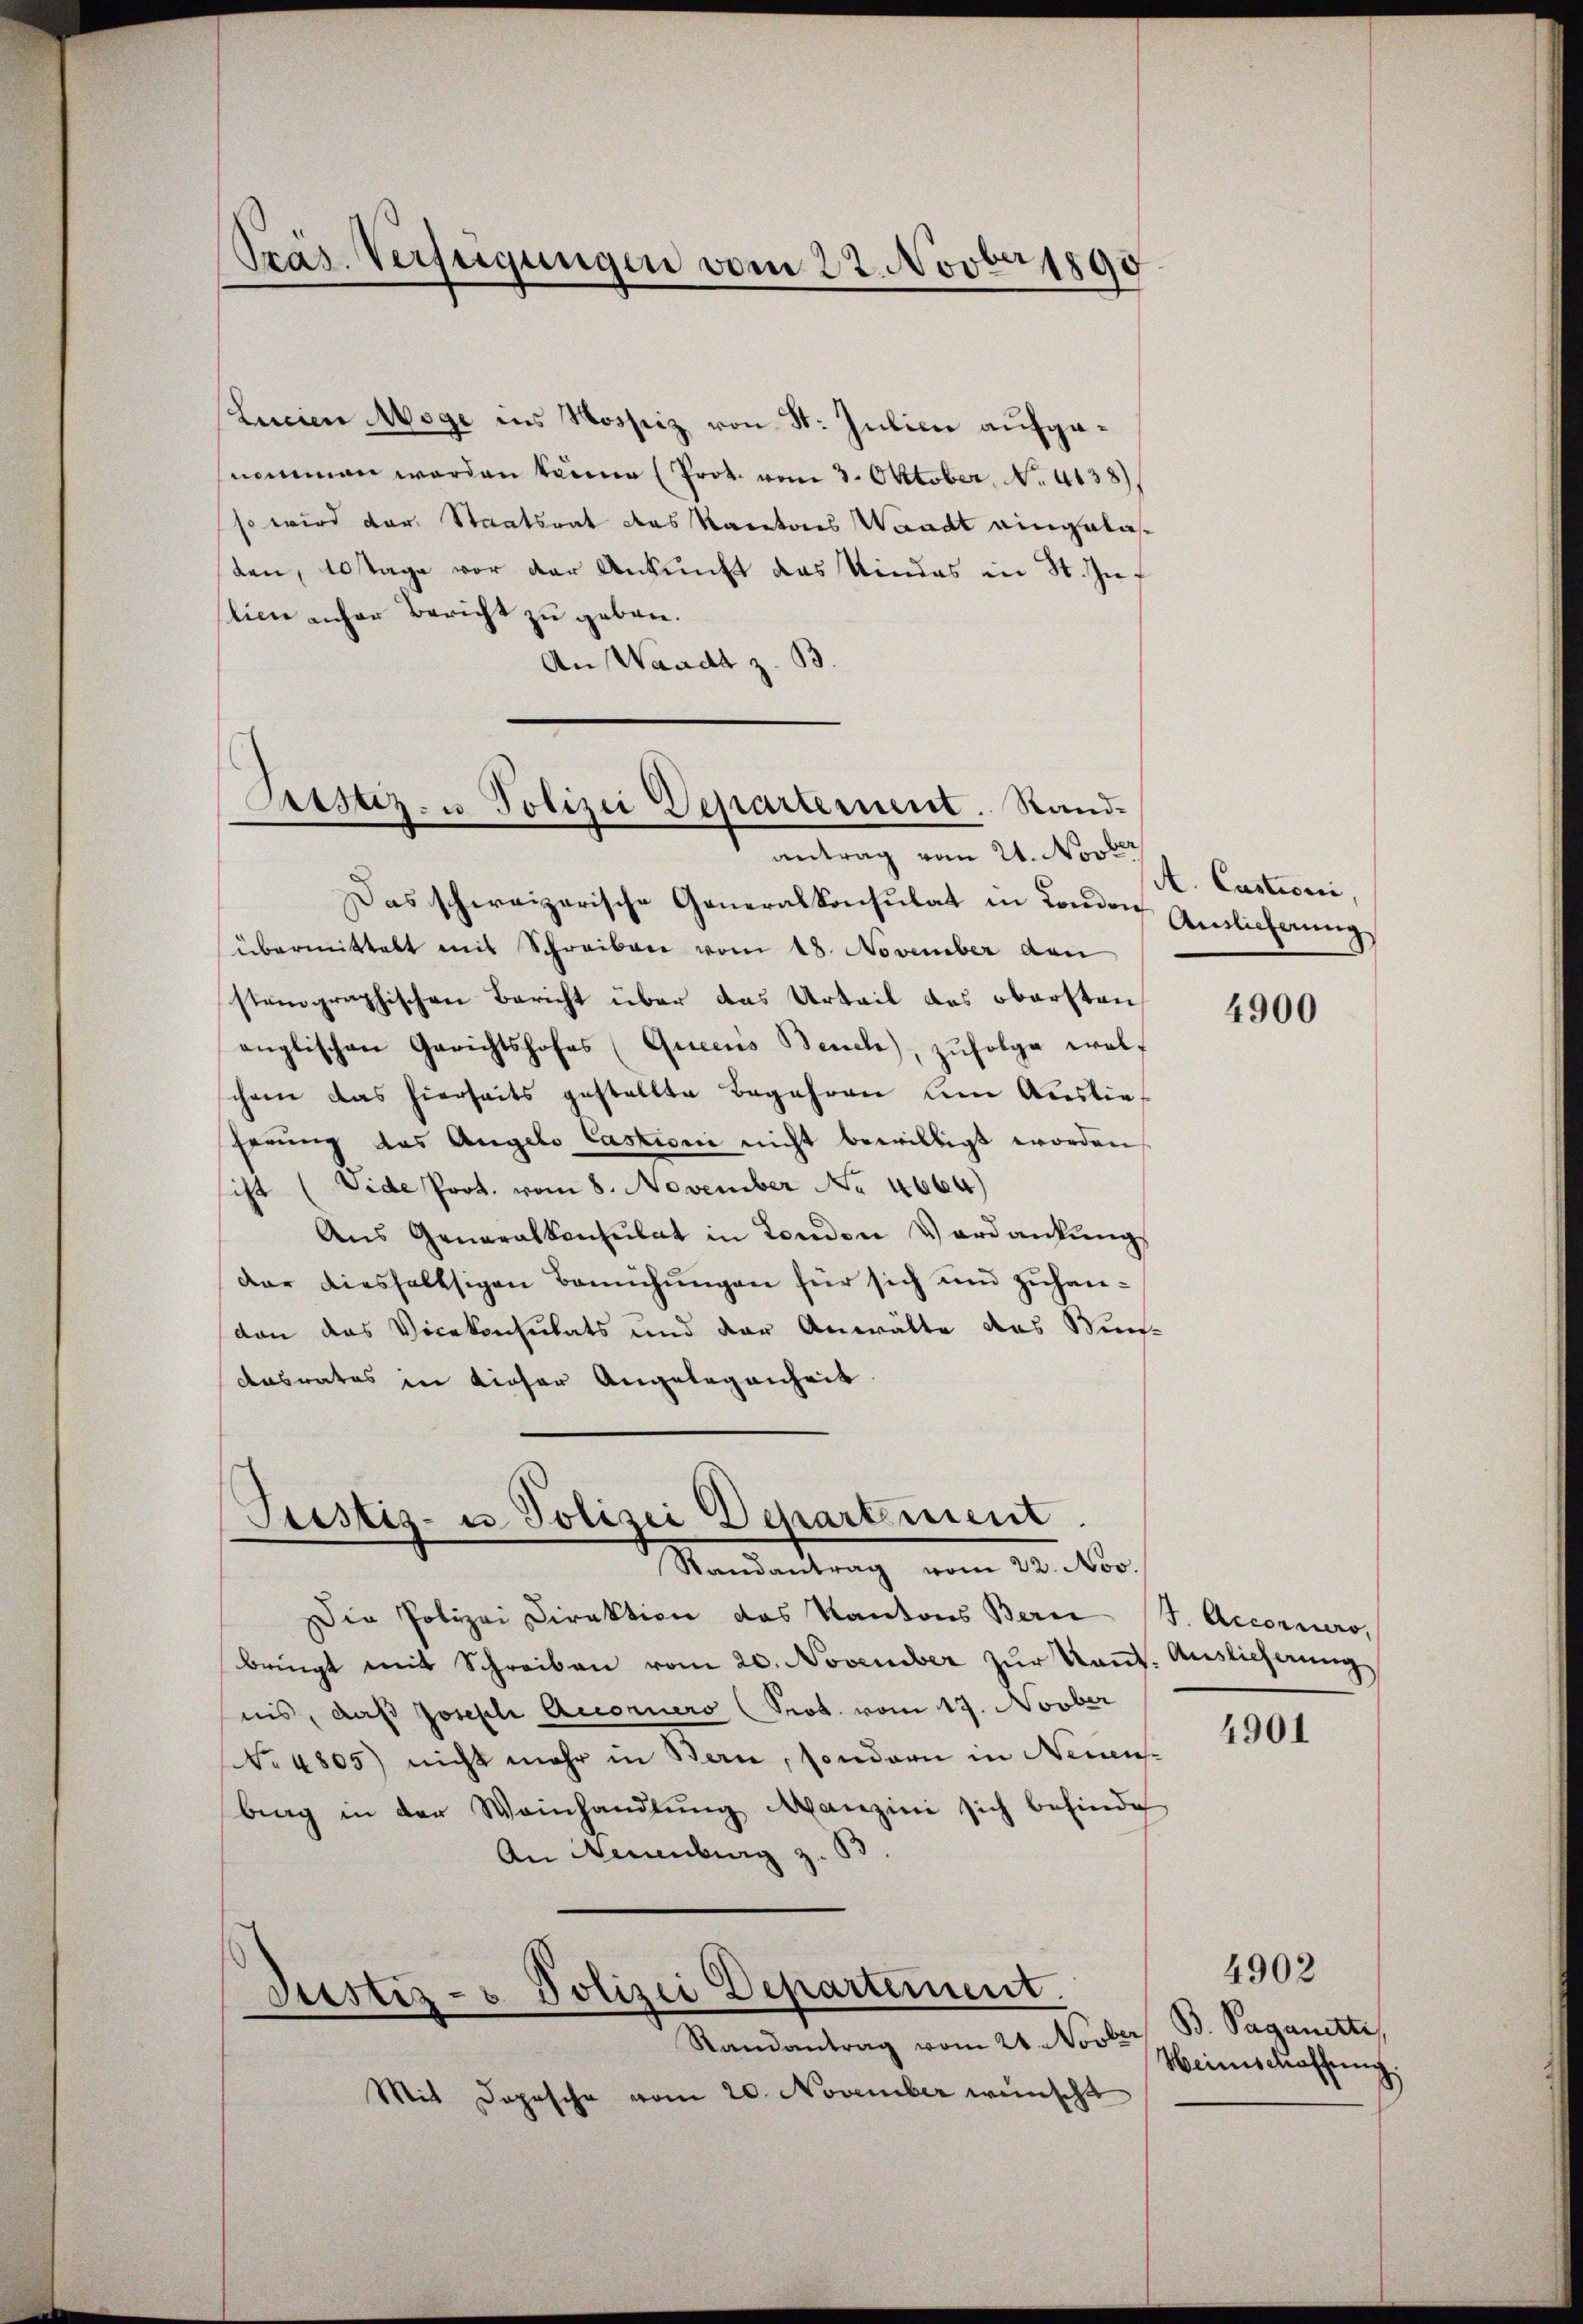
Präs. Verfügungen vom 22. Novber 1890

Linien Möge ins Nossiz von St. Julien aufgenommen werden könne (Prot. vom 3. Oktober, No. 4138)
so wird der Staatsrat das Kantons Waadt eingelasten, 10 Tage vor der Ankunft das Kindes in St. Inf
lieu anher Bericht zu geben.
An Waadt z. B.

Das schweizerische Generalkonsulat in London
übermittelt mit Schreiben vom 18. November den
stenographischen Bericht über das Urteil des obersten
englischen Gerichtshofes (Queens Bench), zŭfolge wolf
schen das hierseits gestellte Begehren um Auslieherung das Angelo Castioni nicht bewilligt worden
ist (Vide Prot. vom 8. November No 4664)
Aus Generalkonsulat in Londen Verdankung
der diesfallsigen Bemühungen für sich und zuhandon das Vicekonsulats und der Anwälte das Wun¬
Ansrates in dieser Angelegenheit

Sistiz- u Polizei Departement. Sandantrag vom 21. Novbr

Prestiz- u. Polizei Deparément
Mandandlung vom 10. ds.

Justiz- & Polizei Departement.
s
Randantrag vom 21. Novbr.

Mit Depesche vom 20. November wünscht

A. Castroni,
Auslicherung

Die Polizei Direktion das Kantons Bern J. Accornero,
bringt mit Schreiben vom 20. November zur Kant. Auslieferung
nis, daß Joseph Accorners (Prot. vom 17. Novber
No. 4805) nicht mehr in Bern, sondern in Neuensbrag in der Weinhandlŭng Manzini sich befinde
An Neuenburg z. 53

4900

4901

B. Paganette
Heinschaffung

4902